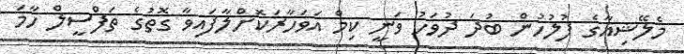
މެލޭޝިއާގެ ފުލުހުން ބުދަ ދުވަހު ވަނީ ކިމް އަވަހާރަކޮށްލާފައިވާ ގޮތުގެ ތަފްސީލް ހާމަ